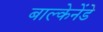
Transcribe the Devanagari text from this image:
बाल्केनेंडे